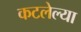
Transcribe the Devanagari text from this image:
कटलेल्या